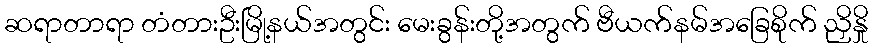
ဆရာတာရာ တံတားဦးမြို့နယ်အတွင်း မေးခွန်းတို့အတွက် ဗီယက်နမ်အခြေစိုက် ညှိနှို